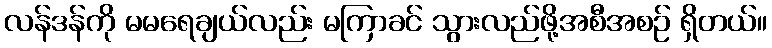
လန်ဒန်ကို မမရေချယ်လည်း မကြာခင် သွားလည်ဖို့အစီအစဉ် ရှိတယ်။